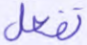
تفعل